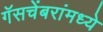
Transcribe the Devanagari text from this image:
गॅसचेंबरांमध्ये